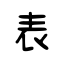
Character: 表